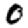
Digit: 0